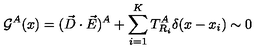
{ \cal G } ^ { A } ( x ) = ( \vec { D } \cdot \vec { E } ) ^ { A } + \sum _ { i = 1 } ^ { K } T _ { R _ { i } } ^ { A } \delta ( x - x _ { i } ) \sim 0